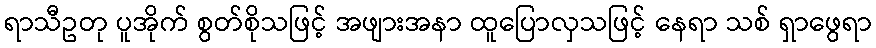
ရာသီဥတု ပူအိုက် စွတ်စိုသဖြင့် အဖျားအနာ ထူပြောလှသဖြင့် နေရာ သစ် ရှာဖွေရာ